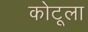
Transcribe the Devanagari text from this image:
कोटूला